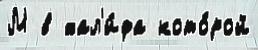
М в хал'и́фа кото́рой